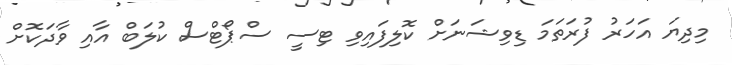
މިދިޔަ އަހަރު ފުރަތަމަ ޑިވިޝަނަށް ކޮލިފައިވި ޓިސީ ސްޕޯޓްސް ކުލަބް އާއި ވާދަކޮށް